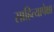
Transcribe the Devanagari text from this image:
साहित्यापेक्षा